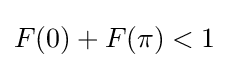
F(0)+F(\pi )<1